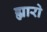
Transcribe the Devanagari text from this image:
ह्यारो